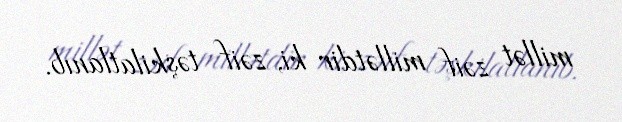
millət zəif millətdir ki, zəif təşkilatlanıb.